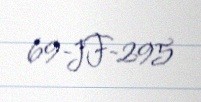
69-JF-295